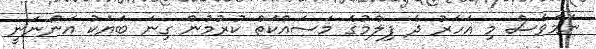
ނަމަވެސް މި އަހަރު ދެ ފިލްމުގެ މަސައްކަތް ކުރުމުން ގިނަ ބަޔަކު އަންނަނީ